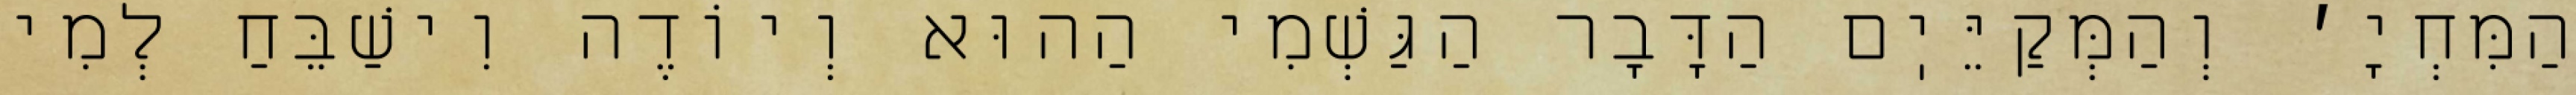
הַמִּחְיָ׳ וְהַמְּקַיֵּיֽם הַדָּבָר הַגַּשְׁמִי הַהוּא וְיוֹדֶה וִישַׁבֵּחַ לְמִי